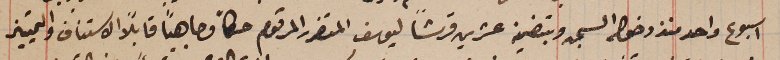
اسبوع واحد منذ دخوله السجن وبتضمينه عشرين قرشاً ليوسف المتضرر المرقوم حكماً وجاهياً قابلاً الاستناف والتمييز